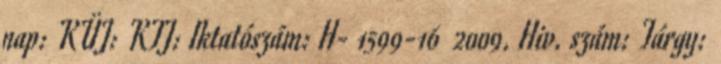
nap: KÜJ: KTJ: Iktatószám: H- 1599-16 2009. Hiv. szám: Tárgy: